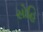
સોહિ